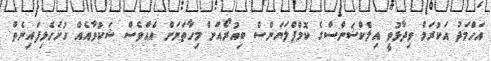
އަހްމަދު އަކުރަމް ވިދާޅުވީ އިލެކްޝަންސްގެ ކޮމްޕްލަޔަންސް ބިއުރޯއަށް މިހާތަނަށް އެއްވެސް ޝަކުވާއެއް ހުށަހެޅިފައިނެތް